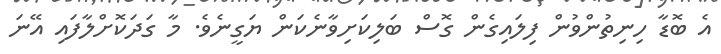
އެ ބޮޑާ ހިނިތުންވުން ފިލައިގެން ގޮސް ބަލިކަށިވާނެކަން ޔަގީނެވެ. މާ ގަދަކޮށްލާފައި އޭނަ